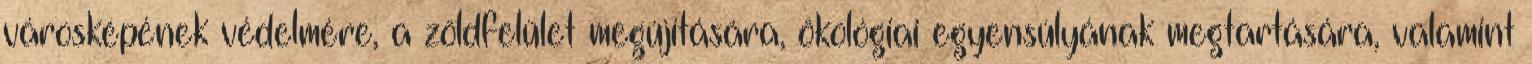
városképének védelmére, a zöldfelület megújítására, ökológiai egyensúlyának megtartására, valamint